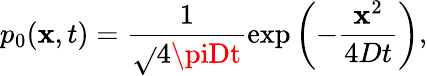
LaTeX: p_{0}(\mathbf{x},t)=\frac{{1}}{{\sqrt{}{{4\piDt}}}}\exp\left(-\frac{{\mathbf{x}^{2}}}{{4Dt}}\right),